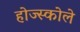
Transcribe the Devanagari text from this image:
होज्स्कोले